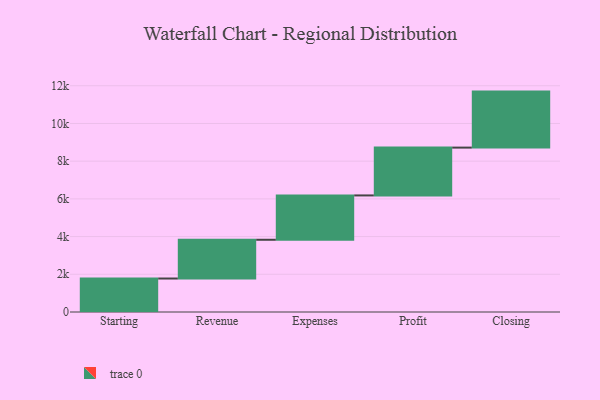
{"axis": {"x": "Step", "y": "Value"}, "legend": [""], "data": [{"x": "Starting", "y": 1776.0, "type": ""}, {"x": "Revenue", "y": 2055.0, "type": ""}, {"x": "Expenses", "y": 2352.0, "type": ""}, {"x": "Profit", "y": 2537.0, "type": ""}, {"x": "Closing", "y": 2970.0, "type": ""}]}